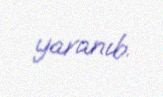
yaranıb.